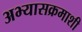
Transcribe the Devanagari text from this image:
अभ्यासक्रमाशी